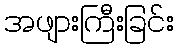
အဖျားကြီးခြင်း